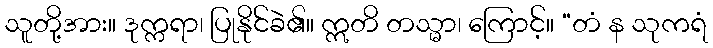
သူတို့အား။ ဒုက္ကရာ၊ ပြုနိုင်ခဲ၏။ ဣတိ တသ္မာ၊ ကြောင့်။ “တံ န သုကရံ